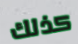
كذلك